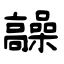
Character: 髞